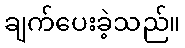
ချက်ပေးခဲ့သည်။